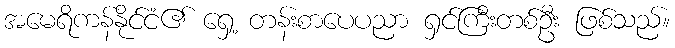
အမေရိကန်နိုင်ငံ၏ ရှေ့ တန်းစာပေပညာ ရှင်ကြီးတစ်ဦး ဖြစ်သည်။